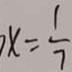
7 x = \frac { 1 } { 7 }